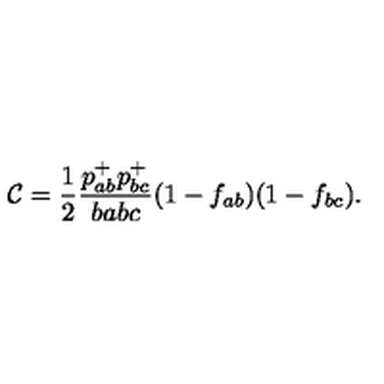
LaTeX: { \cal C } = \frac { 1 } { 2 } \frac { p _ { a b } ^ { + } p _ { b c } ^ { + } } { b a b c } ( 1 - f _ { a b } ) ( 1 - f _ { b c } ) .